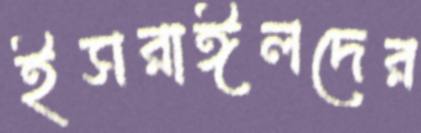
ইসরাঈলদের